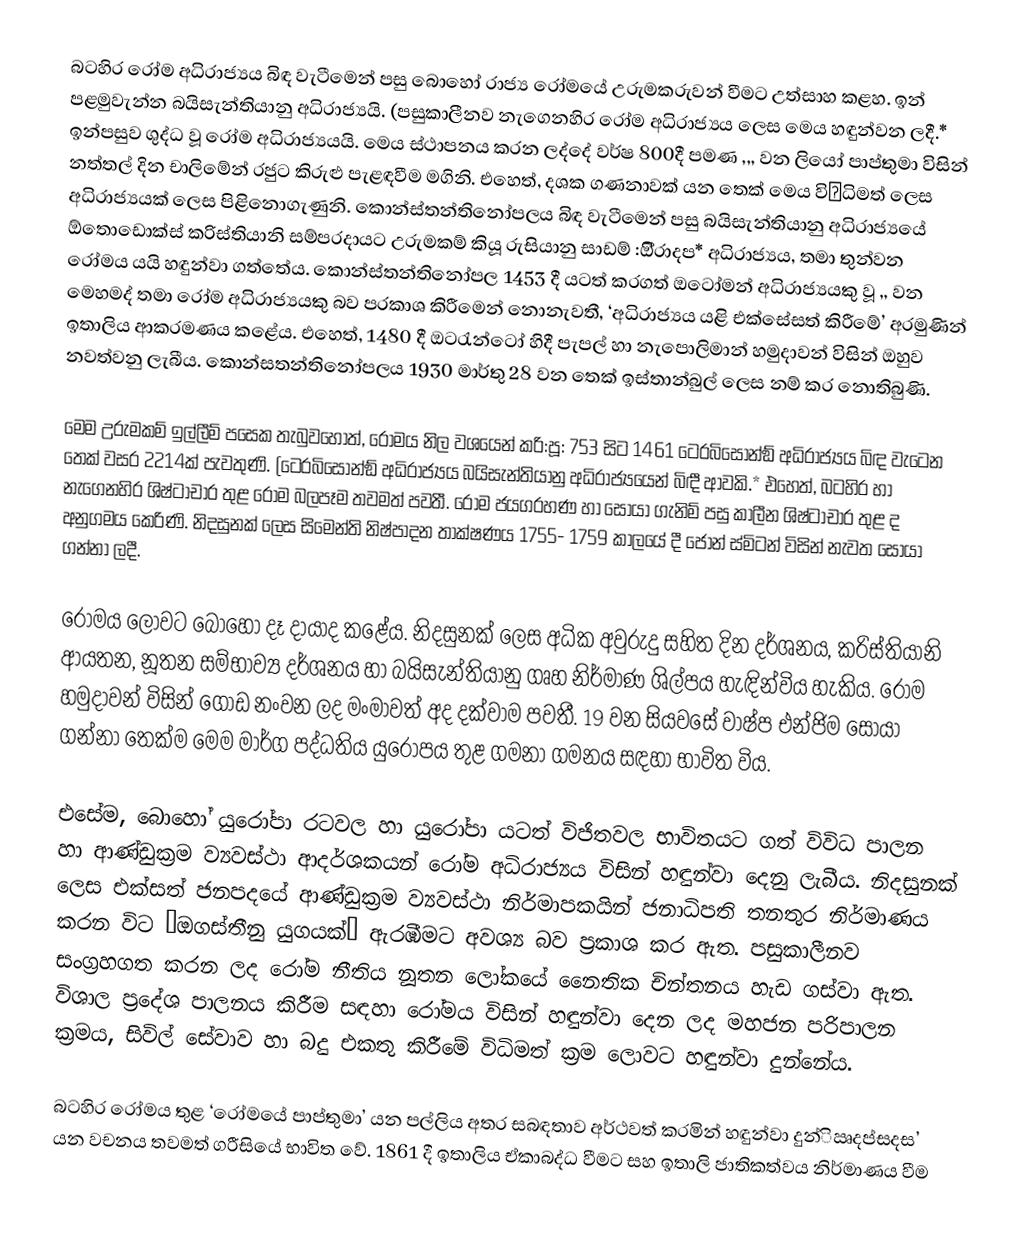
බටහිර රෝම අධිරාජ්‍යය බිඳ වැටීමෙන් පසු බොහෝ රාජ්‍ය රෝමයේ උරුමකරුවන් වීමට උත්සාහ කළහ. ඉන් පළමුවැන්න බයිසැන්තියානු අධිරාජ්‍යයි. (පසුකාලීනව නැගෙනහිර රෝම අධිරාජ්‍යය ලෙස මෙය හඳුන්වන ලදී.* ඉන්පසුව ශුද්ධ වූ රෝම අධිරාජ්‍යයයි. මෙය ස්ථාපනය කරන ලද්දේ වර්ෂ 800දී පමණ ,,, වන ලියෝ පාප්තුමා විසින් නත්තල් දින චාලිමේන් රජුට කිරුළු පැළඳවීම මගිනි. එහෙත්, දශක ගණනාවක් යන තෙක් මෙය විΩධිමත් ලෙස අධිරාජ්‍යයක් ලෙස පිළිනොගැණුනි. කොන්ස්තන්තිනෝපලය බිඳ වැටීමෙන් පසු බයිසැන්තියානු අධිරාජ්‍යයේ  ඕතොඩොක්ස් ක‍්‍රිස්තියානි සම්ප‍්‍රදායට උරුමකම් කියූ රුසියානු සාඩම් :ඔි්රාදප* අධිරාජ්‍යය, තමා තුන්වන රෝමය යයි හඳුන්වා ගත්තේය. කොන්ස්තන්තිනෝපල 1453 දී යටත් කරගත් ඔටෝමන් අධිරාජ්‍යයකු වූ ,, වන මෙහමද් තමා රෝම අධිරාජ්‍යයකු බව ප‍්‍රකාශ කිරීමෙන් නොනැවතී, ‘අධිරාජ්‍යය යළි එක්සේසත් කිරීමේ’ අරමුණින් ඉතාලිය ආක‍්‍රමණය කළේය. එහෙත්, 1480 දී ඔට‍්‍රැන්ටෝ හිදී පැපල් හා නැපොලිමාන් හමුදාවන් විසින් ඔහුව නවත්වනු ලැබීය. කොන්සතන්තිනෝපලය 1930 මාර්තු 28 වන තෙක් ඉස්තාන්බුල් ලෙස නම් කර නොතිබුණි.

මෙම උරුමකම් ඉල්ලීම් පසෙක තැබුවහොත්, රෝමය නිල වශයෙන් ක‍්‍රි:පූ: 753 සිට 1461 ටෙ‍්‍රබිසොන්ඞ් අධිරාජ්‍යය බිඳ වැටෙන තෙක් වසර 2214ක් පැවතුණි. (ටෙ‍්‍රබිසොන්ඞ් අධිරාජ්‍යය බයිසැන්තියානු අධිරාජ්‍යයෙන් බිඳී ආවකි.* එහෙත්, බටහිර හා නැගෙනහිර ශිෂ්ටාචාර තුළ රෝම බලපෑම තවමත් පවතී. රෝම ජයග‍්‍රහණ හා සොයා ගැනිම් පසු කාලීන ශිෂ්ටාචාර තුළ ද අනුගමය කෙරිණි. නිදසුනක් ලෙස සිමෙන්ති නිෂ්පාදන තාක්ෂණය 1755- 1759 කාලයේ දී ජෝන් ස්මිටන් විසින් නැවත සොයා ගන්නා ලදී.

රෝමය ලොවට බොහෝ දෑ දායාද කළේය. නිදසුනක් ලෙස අධික අවුරුදු සහිත දින දර්ශනය, ක‍්‍රිස්තියානි ආයතන, නූතන සම්භාව්‍ය දර්ශනය හා බයිසැන්තියානු ගෘහ නිර්මාණ ශිල්පය හැඳින්විය හැකිය. රෝම හමුදාවන් විසින් ගොඩ නංවන ලද මංමාවත් අද දක්වාම පවතී. 19 වන සියවසේ වාෂ්ප එන්ජිම සොයා ගන්නා තෙක්ම මෙම මාර්ග පද්ධතිය යුරෝපය තුළ ගමනා ගමනය සඳහා භාවිත විය.

එසේම, බොහෝ යුරෝපා රටවල හා යුරෝපා යටත් විජිතවල භාවිතයට ගත් විවිධ පාලන හා ආණ්ඩුක‍්‍රම ව්‍යවස්ථා ආදර්ශකයන් රෝම අධිරාජ්‍යය විසින් හඳුන්වා දෙනු ලැබීය. නිදසුනක් ලෙස එක්සත් ජනපදයේ ආණ්ඩුක‍්‍රම ව්‍යවස්ථා නිර්මාපකයින් ජනාධිපති තනතුර නිර්මාණය කරන විට ‘ඔගස්තීනු යුගයක්’ ඇරඹීමට අවශ්‍ය බව ප‍්‍රකාශ කර ඇත. පසුකාලීනව සංග‍්‍රහගත කරන ලද රෝම නීතිය නූතන ලෝකයේ නෛතික චින්තනය හැඩ ගස්වා ඇත. විශාල ප‍්‍රදේශ පාලනය කිරීම සඳහා රෝමය විසින් හඳුන්වා දෙන ලද මහජන පරිපාලන ක‍්‍රමය, සිවිල් සේවාව හා බදු එකතු කිරීමේ විධිමත් ක‍්‍රම ලොවට හඳුන්වා දුන්නේය.

බටහිර රෝමය තුළ ‘රෝමයේ පාප්තුමා’ යන පල්ලිය අතර සබඳතාව අර්ථවත් කරමින් හඳුන්වා දුන්ිඍදප්සදස’ යන වචනය තවමත් ග‍්‍රීසියේ භාවිත වේ. 1861 දී ඉතාලිය ඒකාබද්ධ වීමට සහ ඉතාලි ජාතිකත්වය නිර්මාණය වීම